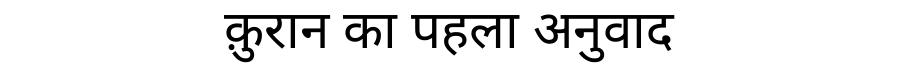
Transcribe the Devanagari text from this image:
क़ुरान का पहला अनुवाद